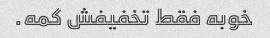
خوبه فقط تخفیفش کمه.